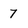
Character: 7